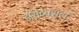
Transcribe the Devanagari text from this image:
डोसेटेक्सल